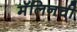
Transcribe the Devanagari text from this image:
मॅलिनची